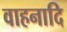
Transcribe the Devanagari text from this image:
वाहनादि